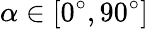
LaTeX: \alpha\in[0^{\circ},90^{\circ}]